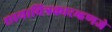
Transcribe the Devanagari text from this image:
छायाचित्रकारम्हणजे